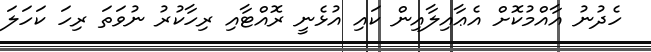
ހެދުނު އާއްމުކޮށް އެޢާއިލާއިން ކައި އުޅެނީ ރޮއްޓާއި ރިހާކުރު ނުވަތަ ރިހަ ކަހަލަ